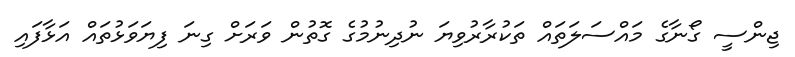
ޖިންސީ ގޯނާގެ މައްސަލަތައް ތަކުރާރުވިޔަ ނުދިނުމުގެ ގޮތުން ވަރަށް ގިނަ ފިޔަވަޅުތައް އަޅާފައި